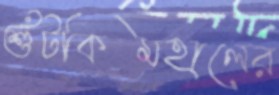
শুঁটকিমহালের